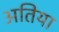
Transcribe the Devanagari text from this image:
अतिया